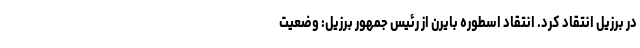
در برزیل انتقاد کرد. انتقاد اسطوره بایرن از رئیس جمهور برزیل: وضعیت